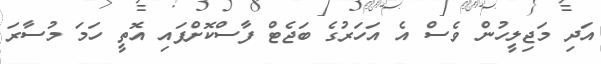
އަދި މަޖިލީހުން ވެސް އެ އަހަރުގެ ބަޖެޓް ފާސްކޮށްފައި އޮތީ ހަމަ މުސާރަ